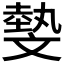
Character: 𣁞